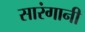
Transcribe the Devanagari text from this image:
सारंगानी